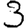
Digit: 3